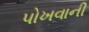
પોખવાની